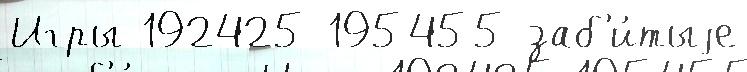
Игры 192425 195455 заб'и́тыjе